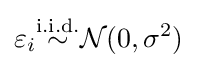
\varepsilon _{i}{\overset {\text{i.i.d.}}{\sim }}{\mathcal {N}}(0,\sigma ^{2})